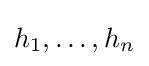
h_{1},\dots ,h_{n}